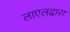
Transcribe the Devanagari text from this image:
लाएलद्वारा